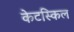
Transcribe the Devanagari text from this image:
केटस्किल